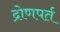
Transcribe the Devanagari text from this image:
द्रोणपर्त